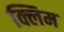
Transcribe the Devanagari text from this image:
क्लिम